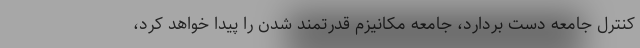
کنترل جامعه دست بردارد، جامعه مکانیزم قدرتمند شدن را پیدا خواهد کرد،